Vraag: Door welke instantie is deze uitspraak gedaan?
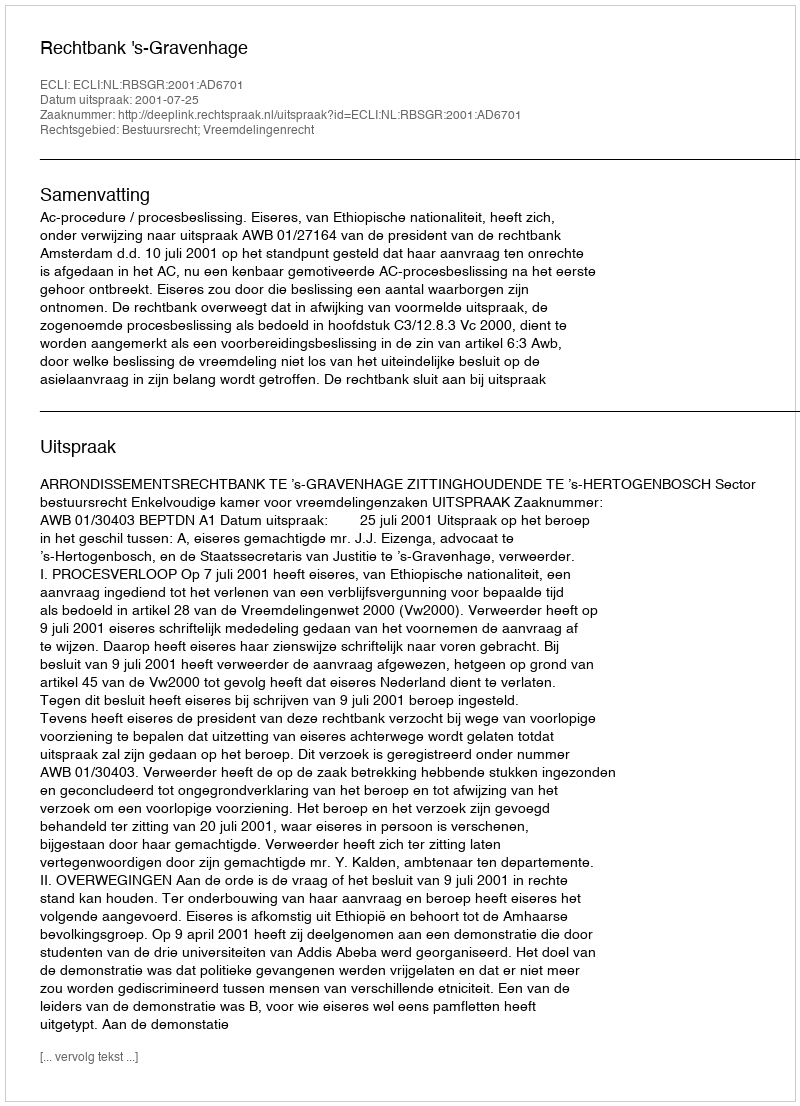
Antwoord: Rechtbank 's-Gravenhage